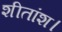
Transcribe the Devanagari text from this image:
शीतांश।